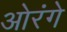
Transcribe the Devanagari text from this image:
ओरंगे